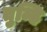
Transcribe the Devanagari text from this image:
तुम्हि